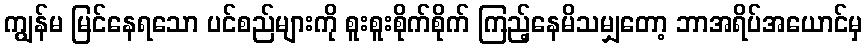
ကျွန်မ မြင်နေရသော ပင်စည်များကို စူးစူးစိုက်စိုက် ကြည့်နေမိသမျှတော့ ဘာအရိပ်အယောင်မှ